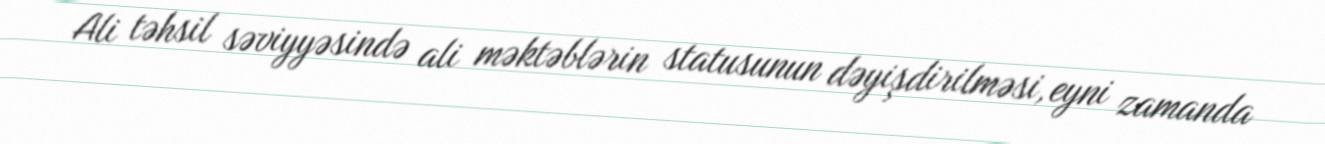
Ali təhsil səviyyəsində ali məktəblərin statusunun dəyişdirilməsi, eyni zamanda